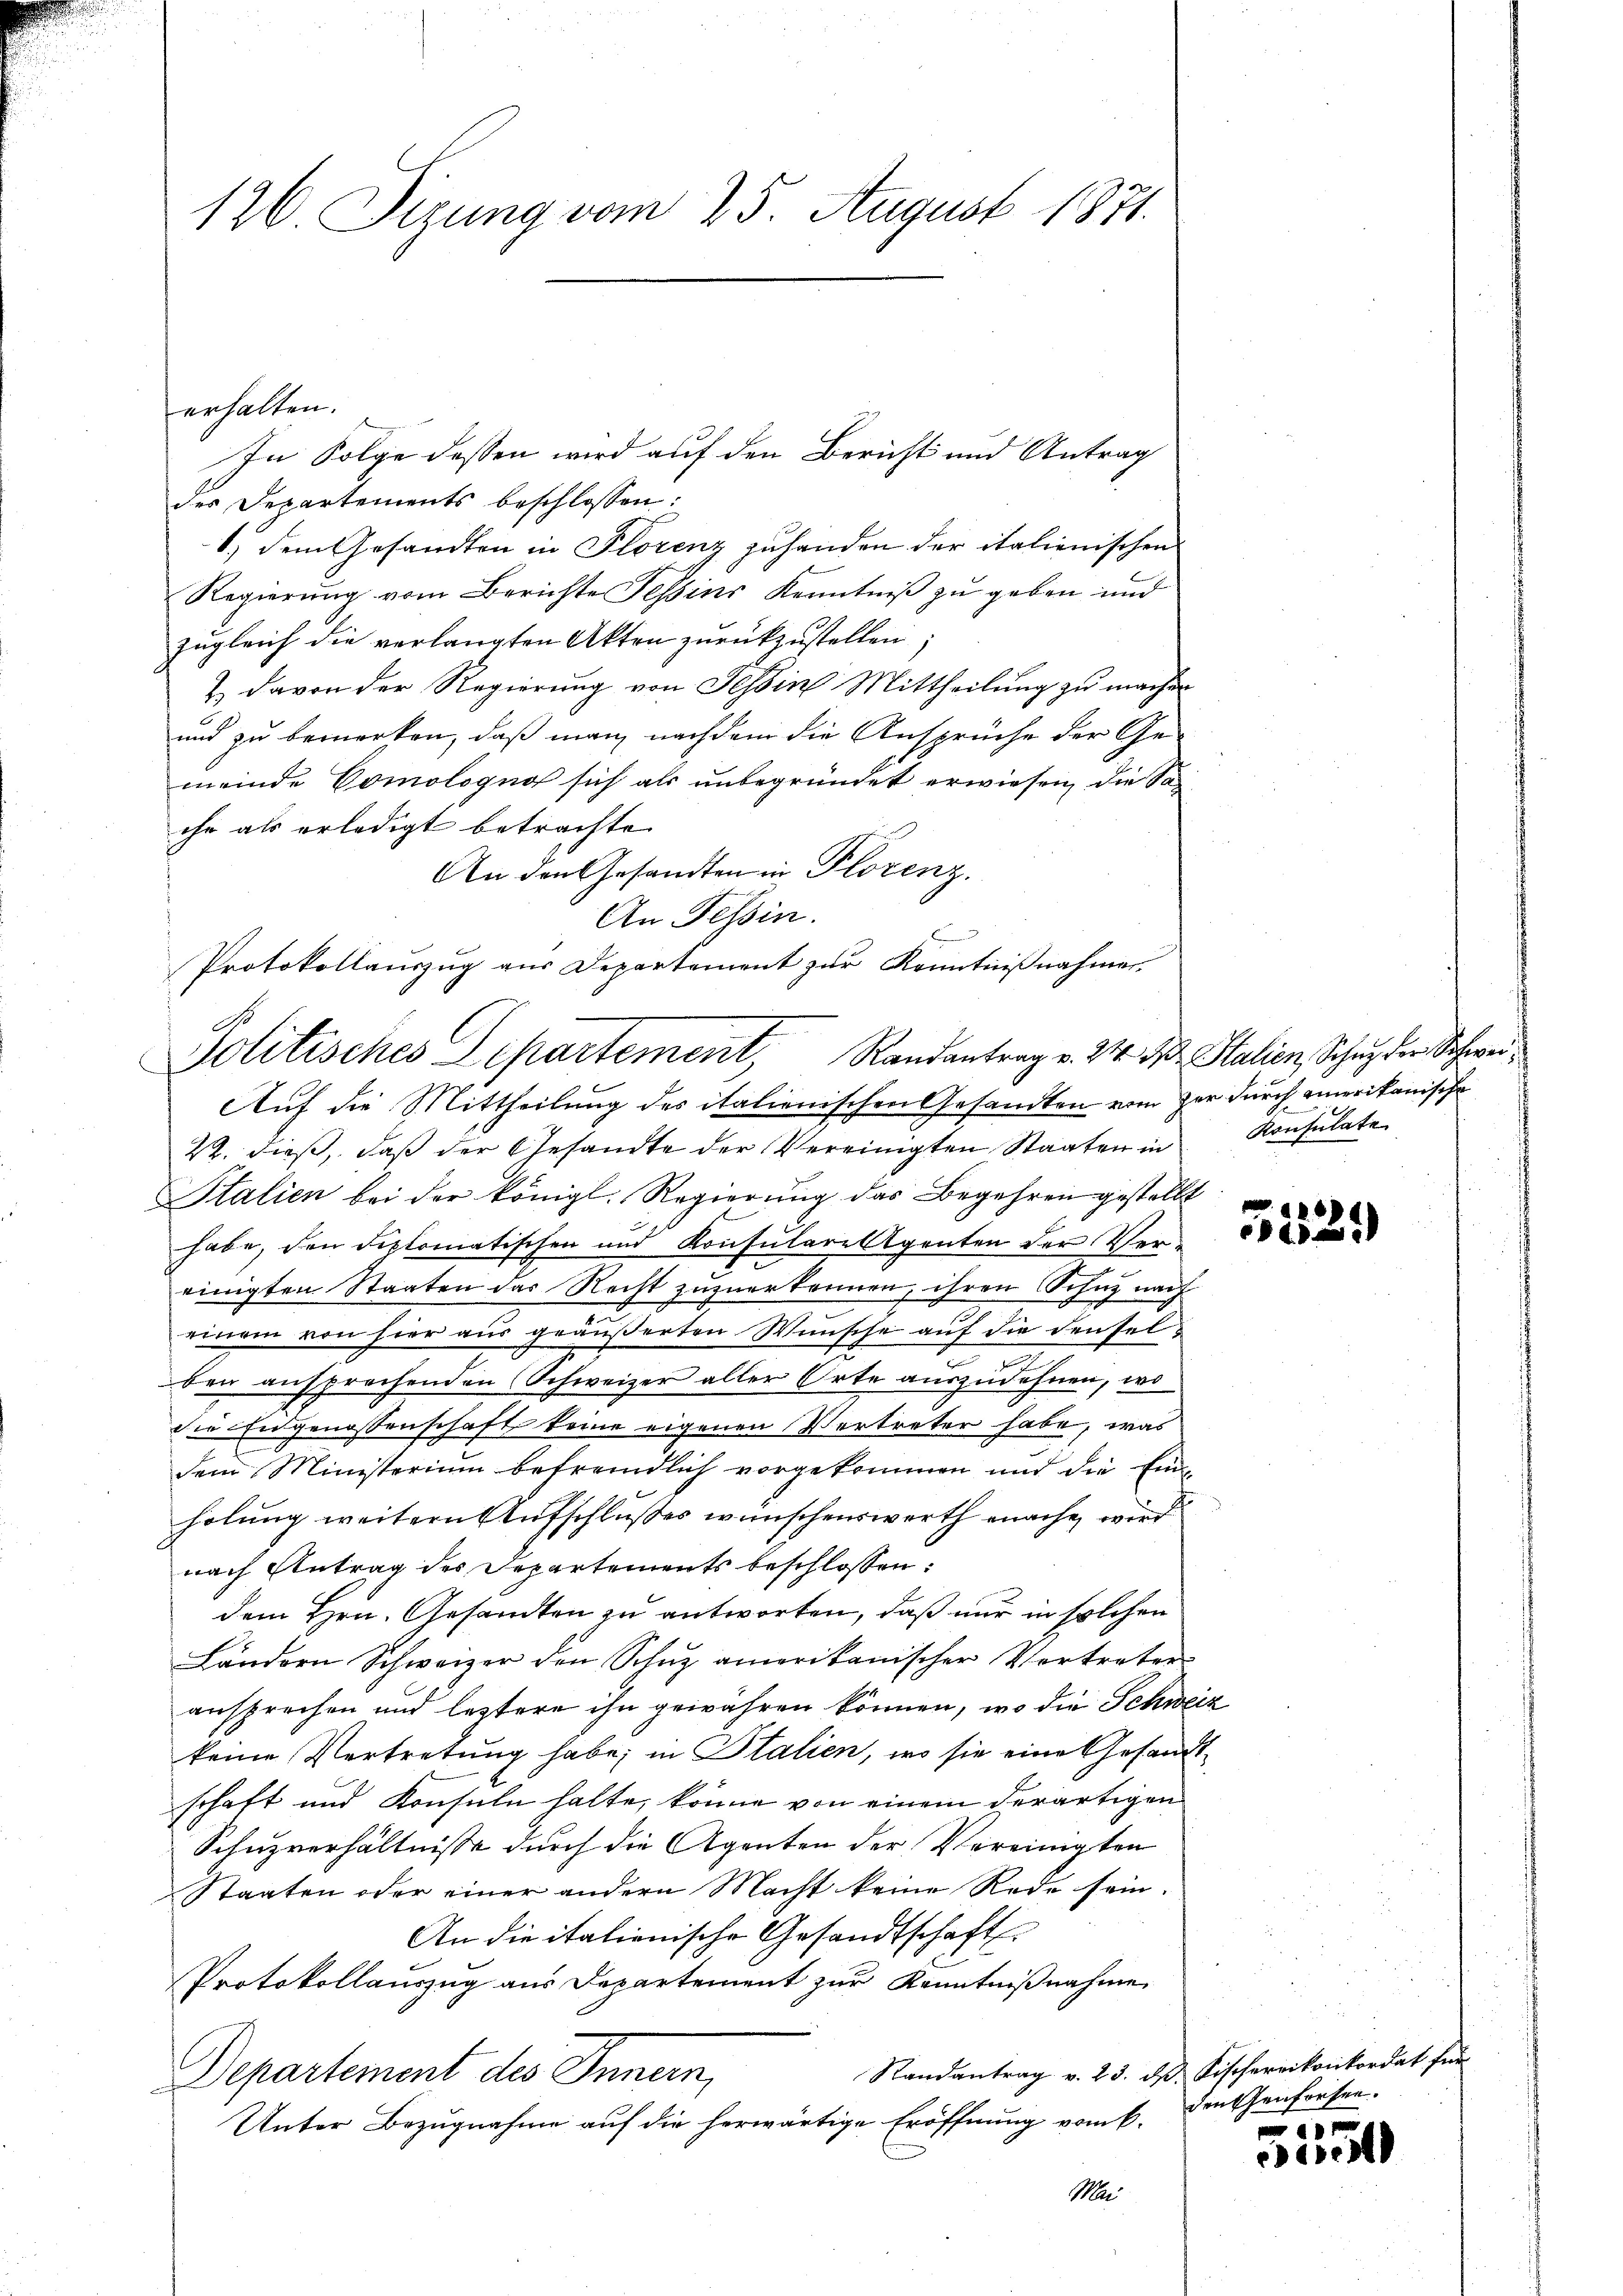
126. Sizung vom 25. August 1871.

erhalten.
In Folge dessen wird auf den Bericht und Antrag
des Departements beschlossen:
1.) Dem Gesandten in Florenz zuhanden der italienischen
Regierung vom Berichte Tessins Kenntniß zu geben und
zugleich die verlangten Akten zurückzustellen,
& davon der Regierung von Tessin Mittheilung zu machen
und zu bemerken, daß man nachdem die Ansprüche der Ge-
meinde Comologno sich als unbegründet erwiesen, die Sache als erledigt betrachte.
An den Gesandten in Plorenz.
An Tessin.
Protokollauszug aus Departement zur Kenntnißnahmer
Auf die Mittheilung des italienischen Gesandten vom Her durch amerikanische
22. dieß, daß der Gesandte der Vereinigten Staaten in Konsulate
Italien bei der königl. Regierung das Begehren gestellt
habe, den diplomatischen und Konsulare legenten der Ver¬
2
einigten Staaten das Recht zuzuerkennen, ihren Söhne nach
einem von hier aus geäußerten Wünsche auf die densele
s
ben ansprochenden Schweizer aller Orte auszudehnen, wo
die Engenossenschaft keine eigenen Vertreter habe, was
dem Ministerium befremdlich vorgekommen und die Einholung weitern Aufschlußes wünschenswerth mache wird
nach Antrag des Departements beschlossen:
dem Hrn. Gesandten zu antworten, daß nur in solchen
Ländern Schweizer den Schŭz amerikanischer Vortreter
ansprechen und leztere ihn gewähren können, wo die Schweiz
keine Vertretung habe; in Italien, wo sie eine Gesandt
schaft und Konsuln halte, könne von einem derartigen
Schuzverhältnisse durch die Agenten der Vereinigten
Staaten oder einer andern Macht keine Rede sein.
An die itationische Gesandtschaft
Protokollauszug aus Departement zur Kenntnißnahme
Randantrag v. 23. ds Fischereikonkordat für
Departement des Innern,
Unter Bezugnahme auf die herwärtige Eröffnung vom k.
Ma

Politisches Departement, Randantrag v. 24. Fr. Stalien, Schutz der Schwei¬

.429
22.)

den Genforden.

5150